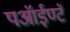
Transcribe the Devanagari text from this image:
पऑईण्टॅ